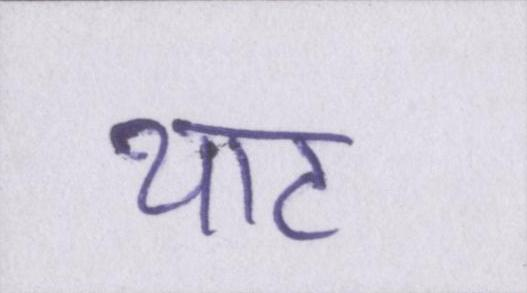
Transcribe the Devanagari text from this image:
थाट